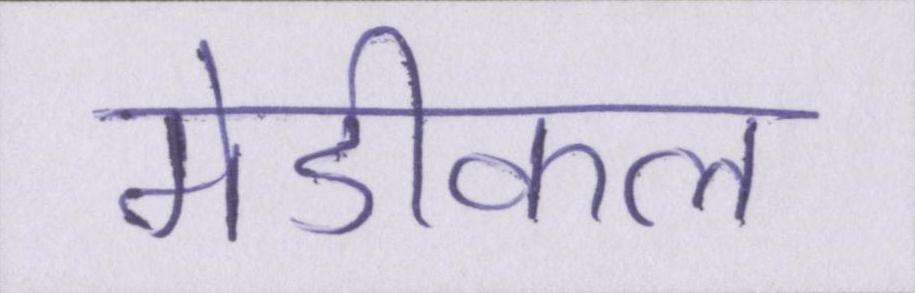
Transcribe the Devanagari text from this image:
मेडीकल